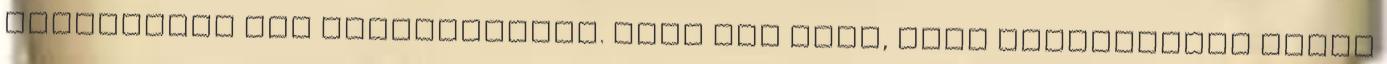
Brettékkel áll szövetségben. Most jön majd, hogy mindenkivel final